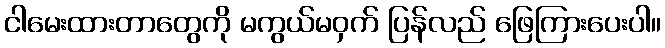
ငါမေးထားတာတွေကို မကွယ်မဝှက် ပြန်လည် ဖြေကြားပေးပါ။